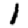
Digit: 1